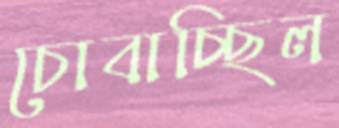
চোবাচ্ছিল